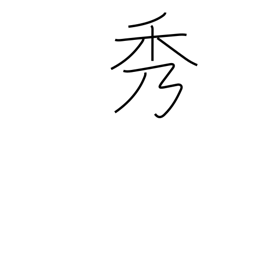
Meaning: beauty